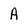
Character: A